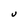
Character: U